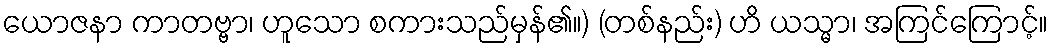
ယောဇနာ ကာတဗ္ဗာ၊ ဟူသော စကားသည်မှန်၏။) (တစ်နည်း) ဟိ ယသ္မာ၊ အကြင်ကြောင့်။